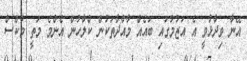
އޭނާ ވިދާޅުވީ އެ އަޒުމުގައި ބައެއް މާއްދާތަކުން ކްލާހުން އެންމެ މަތީ މާކްސް